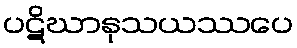
ပဋိဃာနုသယဿပေ